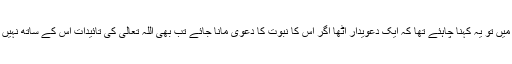
اصل میں تو یہ کہنا چاہئے تھا کہ ایک دعویدار اٹھا اگر اس کا نبوت کا دعویٰ مانا جائے تب بھی اللہ تعالیٰ کی تائیدات اس کے ساتھ نہیں تھیں۔